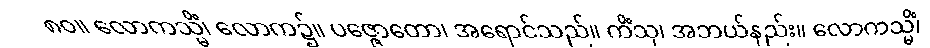
၈၀။ လောကသ္မိံ၊ လောက၌။ ပဇ္ဇောတော၊ အရောင်သည်။ ကိံသု၊ အဘယ်နည်း။ လောကသ္မိံ၊